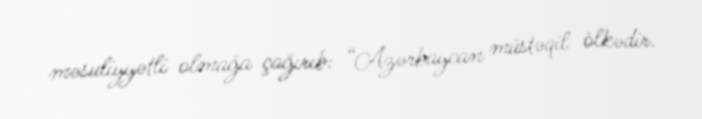
məsuliyyətli olmağa çağırıb: “Azərbaycan müstəqil ölkədir.